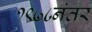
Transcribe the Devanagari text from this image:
१९७८नंतर